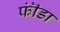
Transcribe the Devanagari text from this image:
फॊंडा